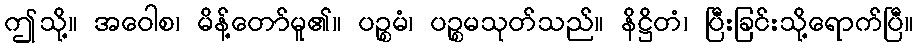
ဤသို့။ အဝေါစ၊ မိန့်တော်မူ၏။ ပဉ္စမံ၊ ပဉ္စမသုတ်သည်။ နိဋ္ဌိတံ၊ ပြီးခြင်းသို့ရောက်ပြီ။